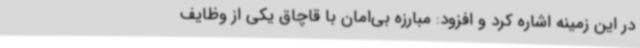
در این زمینه اشاره کرد و افزود: مبارزه بی‌امان با قاچاق یکی از وظایف